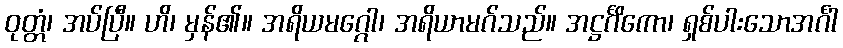
ဝုတ္တံ၊ အပ်ပြီ။ ဟိ၊ မှန်၏။ အရိယမဂ္ဂေါ၊ အရိယာမဂ်သည်။ အဋ္ဌင်္ဂိကော၊ ရှစ်ပါးသောအင်္ဂါ